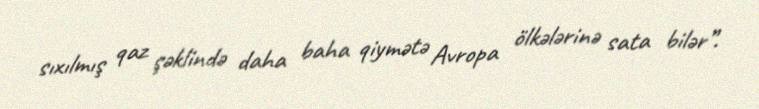
sıxılmış qaz şəklində daha baha qiymətə Avropa ölkələrinə sata bilər”.